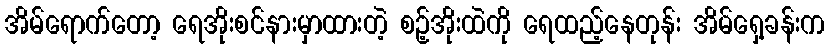
အိမ်ရောက်တော့ ရေအိုးစင်နားမှာထားတဲ့ စဉ့်အိုးထဲကို ရေထည့်နေတုန်း အိမ်ရှေ့ခန်းက